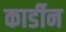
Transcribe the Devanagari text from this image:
कार्डीन